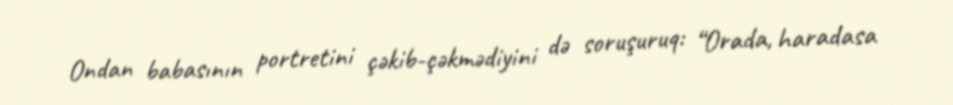
Ondan babasının portretini çəkib-çəkmədiyini də soruşuruq: “Orada, haradasa